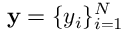
\mathbf { y } = \{ y _ { i } \} _ { i = 1 } ^ { N }